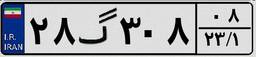
۲۸گ۳۰۸۰۸